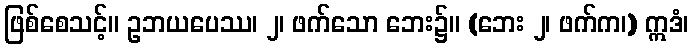
ဖြစ်စေသင့်။ ဥဘယပေဿ၊ ၂၊ ဖက်သော ဘေး၌။ (ဘေး ၂၊ ဖက်က၊) ဣဒံ၊